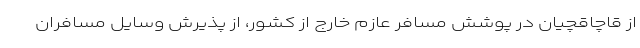
از قاچاقچیان در پوشش مسافر عازم خارج از کشور، از پذیرش وسایل مسافران